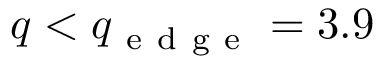
q < q _ { \mathrm { ~ e ~ d ~ g ~ e ~ } } = 3 . 9